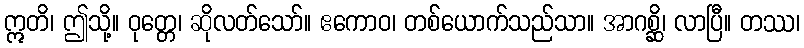
ဣတိ၊ ဤသို့။ ဝုတ္တေ၊ ဆိုလတ်သော်။ ဧကောဝ၊ တစ်ယောက်သည်သာ။ အာဂစ္ဆိ၊ လာပြီ။ တဿ၊